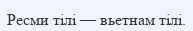
Ресми тілі — вьетнам тілі.